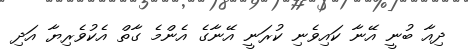
ދިއާ ބުނީ އޭނާ ކައިވެނި ކުރަނީ އޭނާގެ އެންމެ ގާތް އެކުވެރިޔާ އަދި